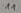
Text: 11